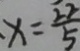
. x = \frac { 2 2 } { 5 }